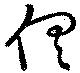
倶